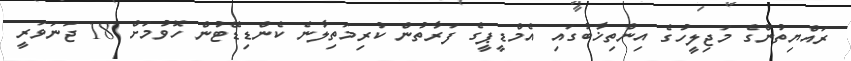
ރައްޔިތުންގެ މަޖިލީހުގެ އިންތިޚާބުގައި އެމްޑީޕީގެ ފަރާތުން ކުރިމަތިލާނެ ކެންޑިޑޭޓުން ހޮވުމަށް 18 ޖަނަވަރީ